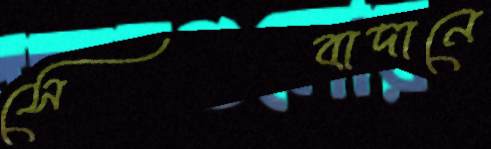
সেবাদানে